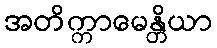
အတိက္ကာမေန္တိယာ